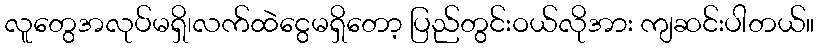
လူတွေအလုပ်မရှိ၊လက်ထဲငွေမရှိတော့ ပြည်တွင်းဝယ်လိုအား ကျဆင်းပါတယ်။